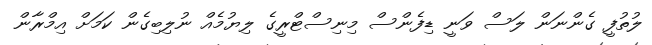
ލުތުފީ ގެންނަން ލަސް ވަނީ ޑިފެންސް މިނިސްޓްރީގެ ލިޔުމެއް ނުލިބިގެން ކަމަށް އިމްރާން